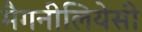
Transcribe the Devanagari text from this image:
मैगनीलियेसी